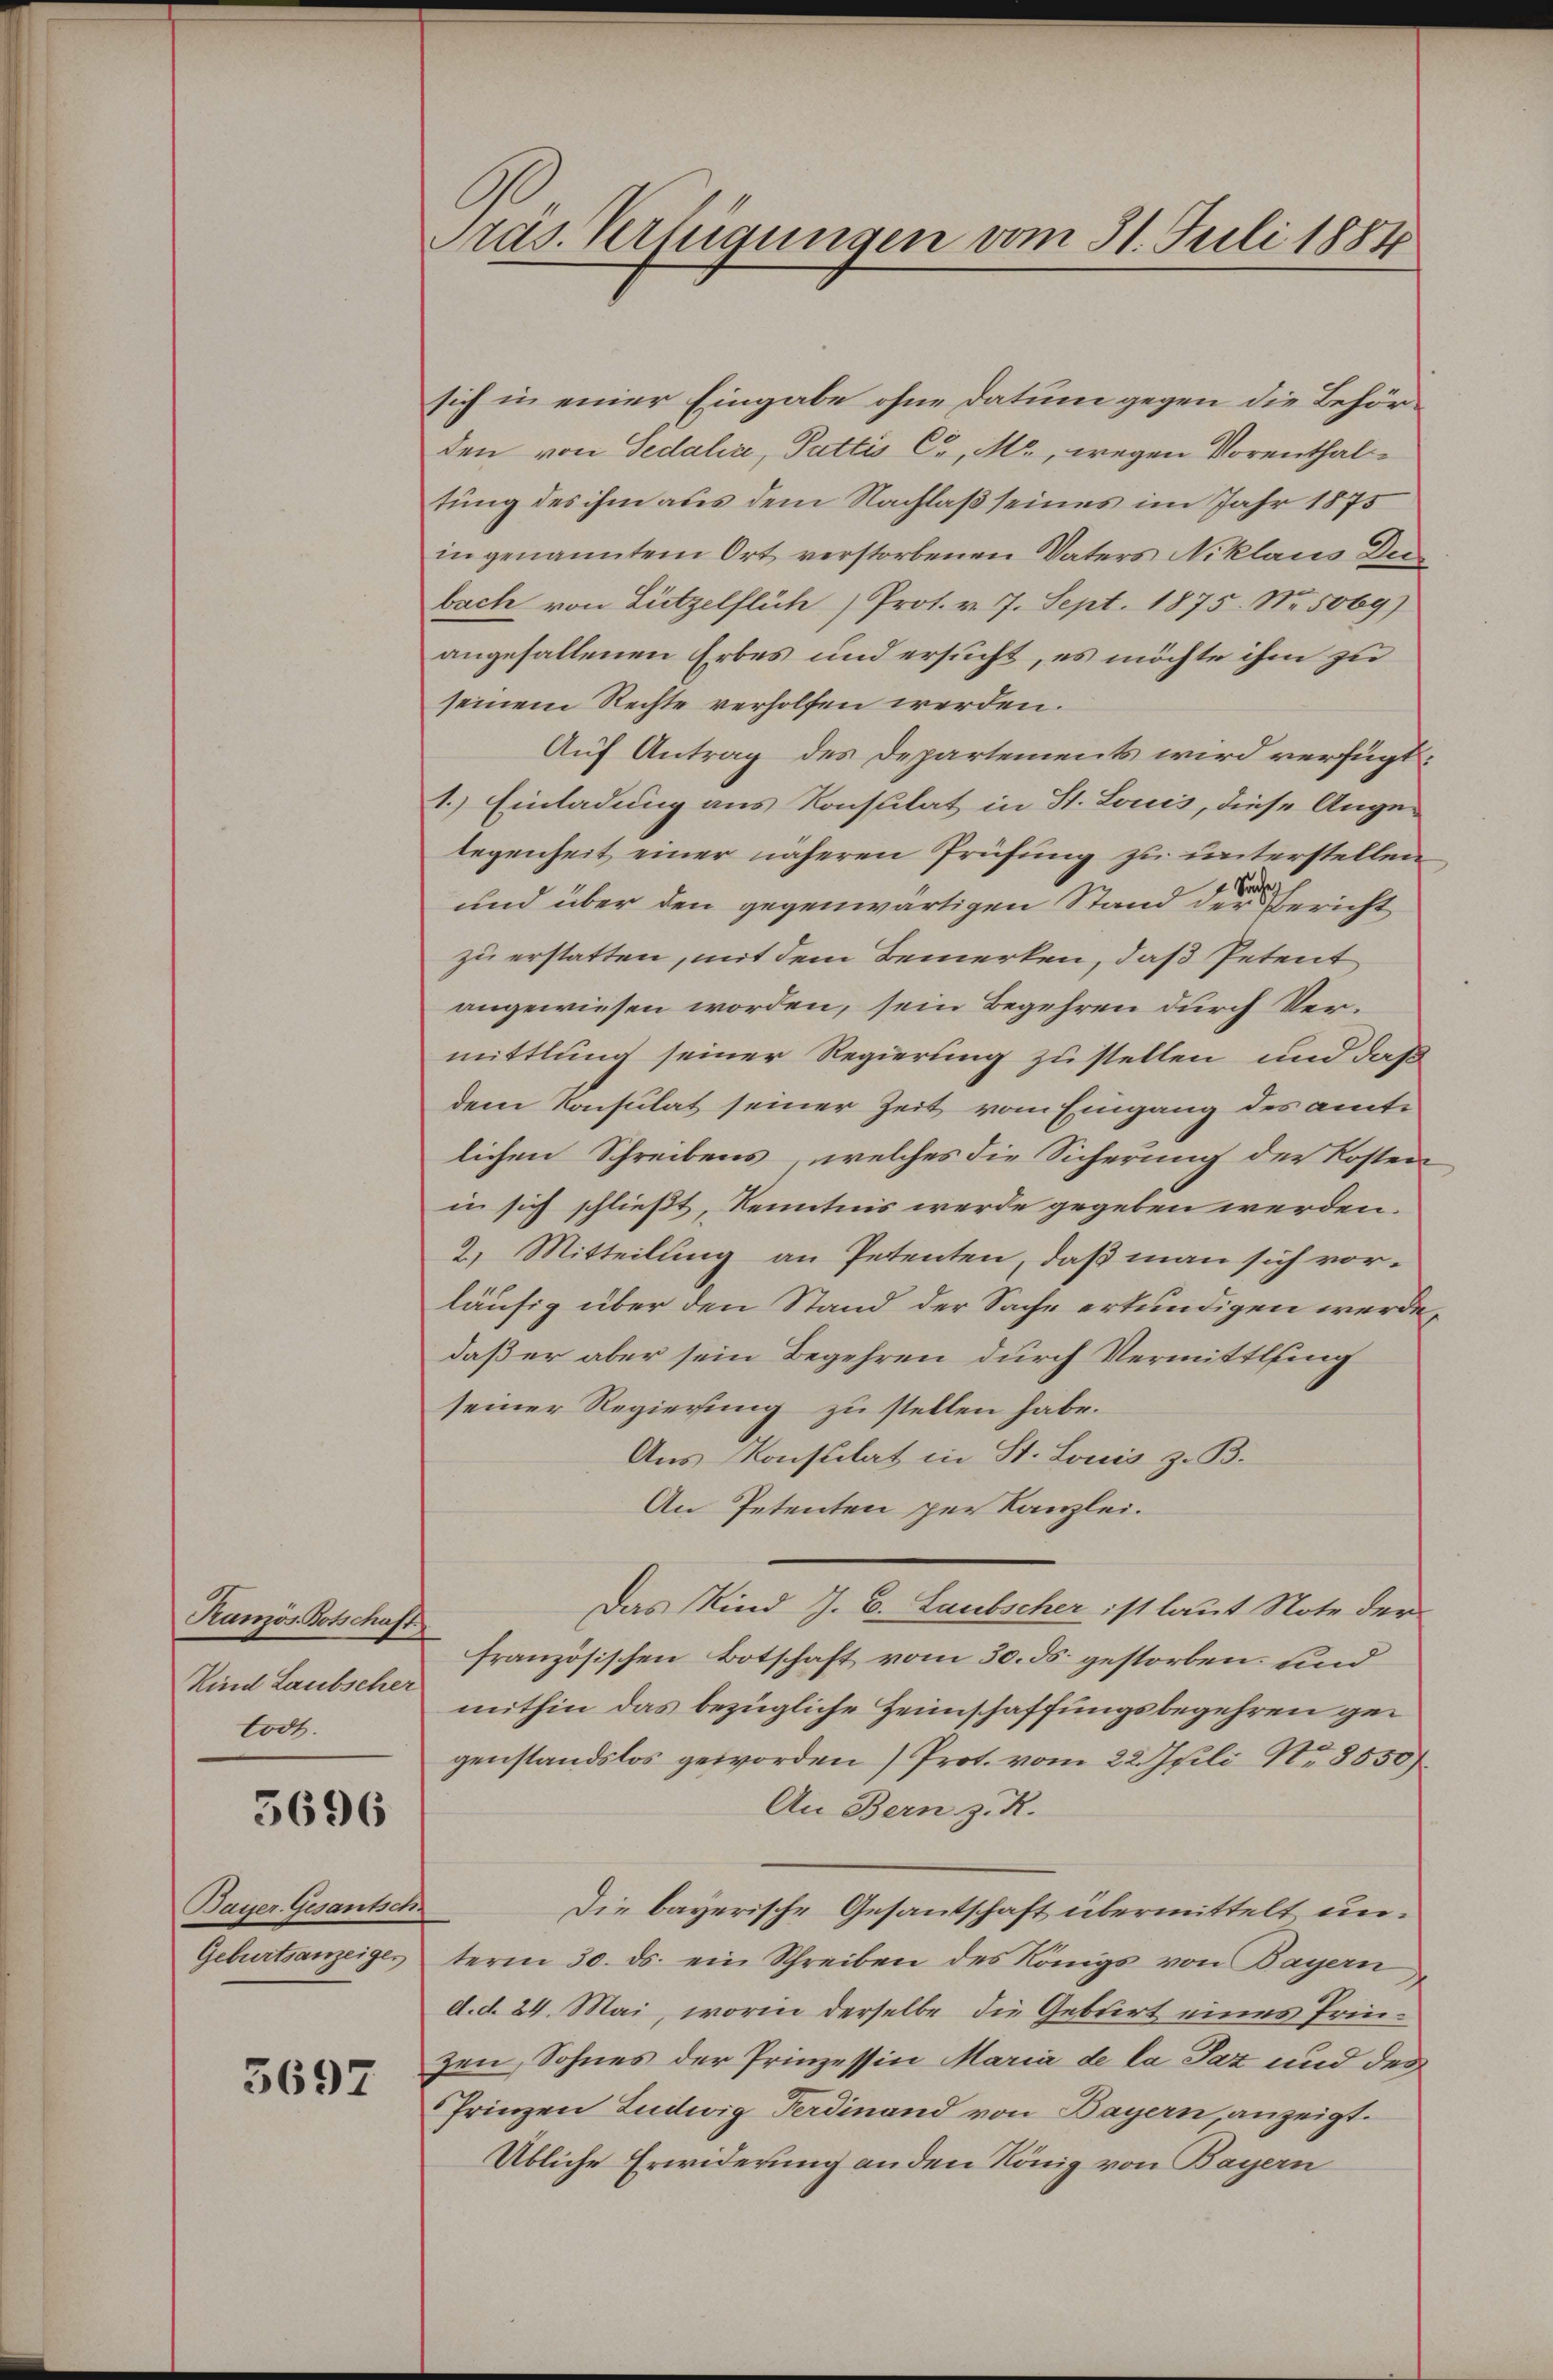
Kranzös. Botschaft
Kind Laubscher
lodt.

5696

Bayer. Gesantsch

3697

sich in einer Eingabe ohne Datum gegen die Behörden von Sedalia, Pattis C. M., wegen Vorenthaltung des ihm aus dem Nachlaß seines im Jahr 1875
in genanntem Ort verstorbenen Vaters Niklaus Dei
bach von Lützelflüh) Prot. v. 7. Sept. 1875. No. 5069)
angefallenen Erbes und ersucht, es möchte ihm zu
seinem Rechte verholfen werden.
Auf Antrag des Departements wird verfügt
1.) Einladung aus Konsulat in St. Louis, diese Ange-
legenheit einer näheren Prüfung zu unterstellen
und über den gegenwärtigen Stand der Bericht
zu erstatten, mit dem Bemerken, daß Petent
angewiesen worden, sein Begehren durch Vermittlung seiner Regierung zu stellen, und daß
dem Konsulat seiner Zeit vom Eingang des amt-
lichen Schreibens, welches die Sicherung der Kosten
in sich schließt, Kenntnis werde gegeben werden.
2. Mitteilung an Petenten, daß man sich vorläufig über den Stand der Sache erkundigen werde
daß er aber sein Begehren durch Vermittlung
seiner Regierung zu stellen habe.
Aus Konsulat in St. Louis z. B.
An Petenten per Kanzlei.
Das Kind J. C. Laubscher ist laut Note der
französischen Botschaft vom 30. ds. gestorben, und
mithin das bezügliche Heimschaffungsbegehren gegenstandslos geworden) Prot. vom 22. Juli No 8550
An Bern z. R.
Die bayerische Gesandtschaft übermittelt un¬
Geburtsanzeigesterm 30. ds. ein Schreiben des Königs von Bayern
d. d. 24. Mai, worin derselbe die Geburt eines Prinzen, Sohnes der Prinzessin Maria de la Jaz und des
Frinzen Ludwig Ferdinand von Bayern, anzeigt.
Übliche Erwiderung an den König von Bayern

Präs. Verfügungen vom 31. Juli 1884